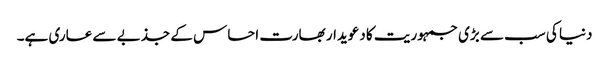
دنیا کی سب سے بڑی جمہوریت کا دعویدار بھارت احساس کے جذبے سے عاری ہے۔